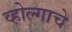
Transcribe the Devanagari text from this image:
व्होल्गाचे